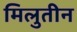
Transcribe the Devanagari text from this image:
मिलुतीन